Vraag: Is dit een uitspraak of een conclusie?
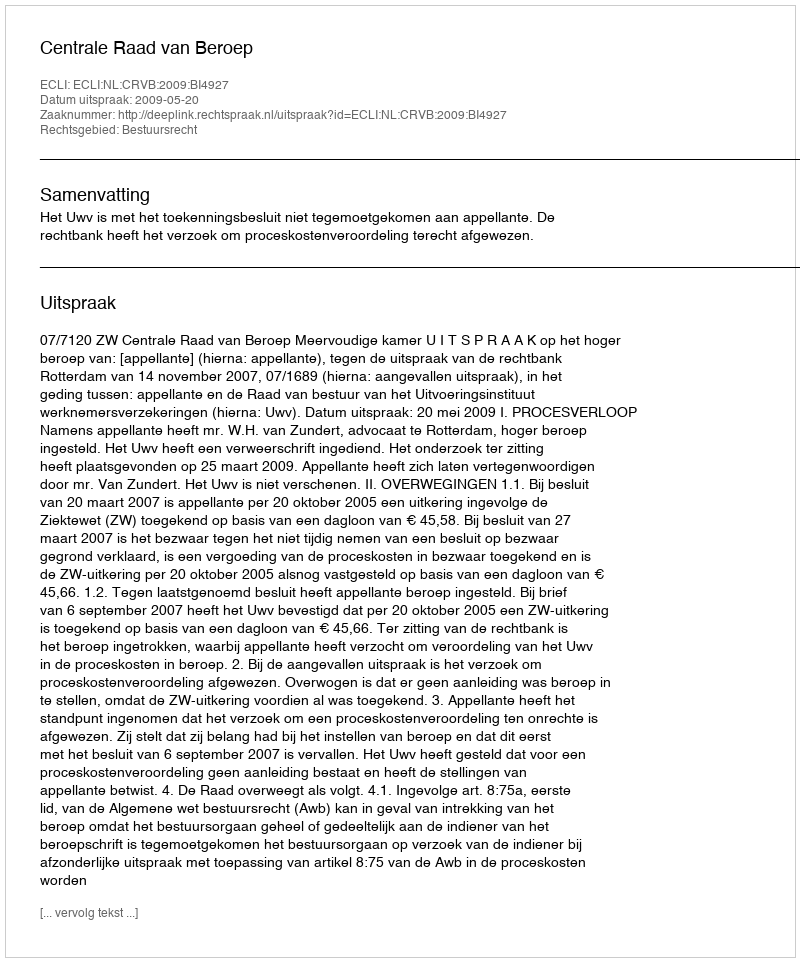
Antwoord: Uitspraak